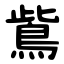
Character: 鴜